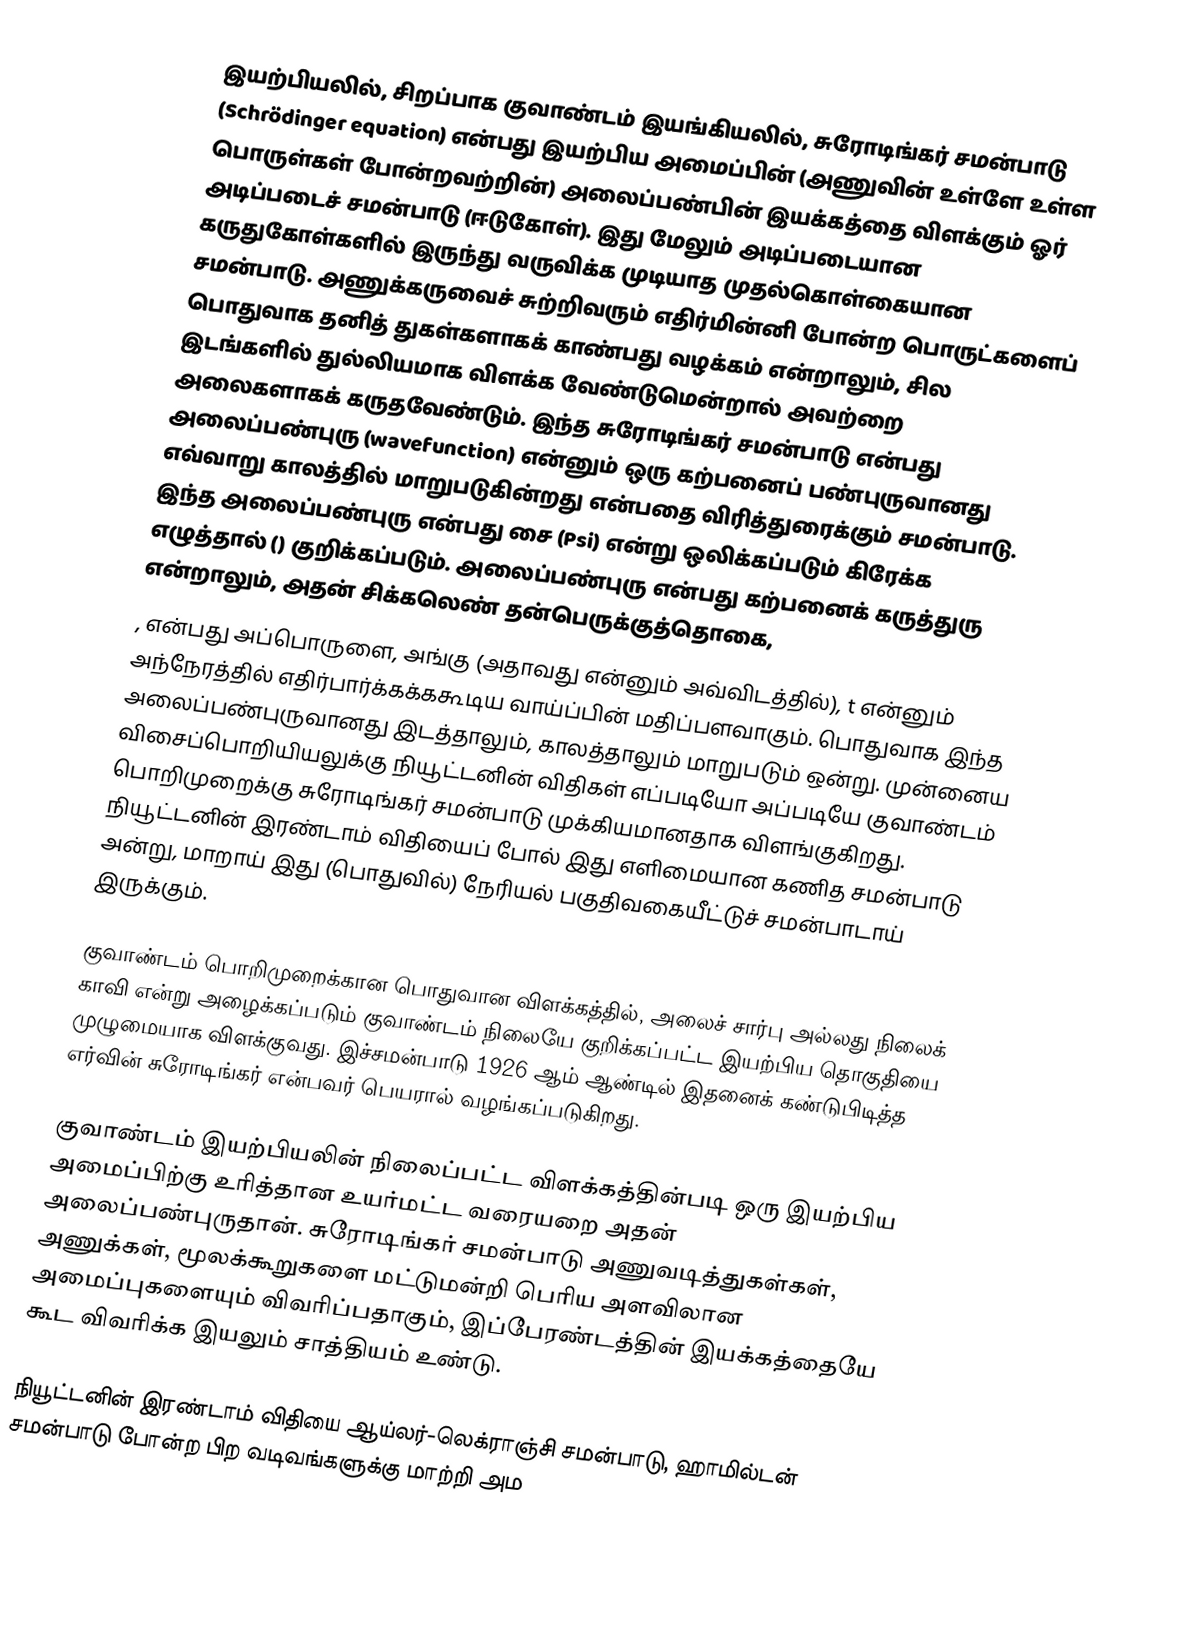
இயற்பியலில், சிறப்பாக குவாண்டம் இயங்கியலில், சுரோடிங்கர் சமன்பாடு (Schrödinger equation) என்பது இயற்பிய அமைப்பின் (அணுவின் உள்ளே உள்ள பொருள்கள் போன்றவற்றின்) அலைப்பண்பின் இயக்கத்தை விளக்கும் ஓர் அடிப்படைச் சமன்பாடு (ஈடுகோள்). இது மேலும் அடிப்படையான கருதுகோள்களில் இருந்து வருவிக்க முடியாத முதல்கொள்கையான சமன்பாடு. அணுக்கருவைச் சுற்றிவரும் எதிர்மின்னி போன்ற பொருட்களைப் பொதுவாக தனித் துகள்களாகக் காண்பது வழக்கம் என்றாலும், சில இடங்களில் துல்லியமாக விளக்க வேண்டுமென்றால் அவற்றை அலைகளாகக் கருதவேண்டும். இந்த சுரோடிங்கர் சமன்பாடு என்பது அலைப்பண்புரு (wavefunction) என்னும் ஒரு கற்பனைப் பண்புருவானது எவ்வாறு காலத்தில் மாறுபடுகின்றது என்பதை விரித்துரைக்கும் சமன்பாடு. இந்த அலைப்பண்புரு என்பது சை (Psi) என்று ஒலிக்கப்படும் கிரேக்க எழுத்தால் () குறிக்கப்படும். அலைப்பண்புரு என்பது கற்பனைக் கருத்துரு என்றாலும், அதன் சிக்கலெண் தன்பெருக்குத்தொகை,
 , என்பது அப்பொருளை, அங்கு (அதாவது  என்னும் அவ்விடத்தில்), t என்னும் அந்நேரத்தில் எதிர்பார்க்கக்ககூடிய வாய்ப்பின் மதிப்பளவாகும். பொதுவாக இந்த அலைப்பண்புருவானது இடத்தாலும், காலத்தாலும் மாறுபடும் ஒன்று. முன்னைய விசைப்பொறியியலுக்கு நியூட்டனின் விதிகள் எப்படியோ அப்படியே குவாண்டம் பொறிமுறைக்கு சுரோடிங்கர் சமன்பாடு முக்கியமானதாக விளங்குகிறது. நியூட்டனின் இரண்டாம் விதியைப் போல் இது எளிமையான கணித சமன்பாடு அன்று, மாறாய் இது (பொதுவில்) நேரியல் பகுதிவகையீட்டுச் சமன்பாடாய் இருக்கும்.

குவாண்டம் பொறிமுறைக்கான பொதுவான விளக்கத்தில், அலைச் சார்பு அல்லது நிலைக் காவி என்று அழைக்கப்படும் குவாண்டம் நிலையே குறிக்கப்பட்ட இயற்பிய தொகுதியை முழுமையாக விளக்குவது. இச்சமன்பாடு 1926 ஆம் ஆண்டில் இதனைக் கண்டுபிடித்த எர்வின் சுரோடிங்கர் என்பவர் பெயரால் வழங்கப்படுகிறது.

குவாண்டம் இயற்பியலின் நிலைப்பட்ட விளக்கத்தின்படி ஒரு இயற்பிய அமைப்பிற்கு உரித்தான உயர்மட்ட வரையறை அதன் அலைப்பண்புருதான். சுரோடிங்கர் சமன்பாடு அணுவடித்துகள்கள், அணுக்கள், மூலக்கூறுகளை மட்டுமன்றி பெரிய அளவிலான அமைப்புகளையும் விவரிப்பதாகும், இப்பேரண்டத்தின் இயக்கத்தையே கூட விவரிக்க இயலும் சாத்தியம் உண்டு.

நியூட்டனின் இரண்டாம் விதியை ஆய்லர்-லெக்ராஞ்சி சமன்பாடு, ஹாமில்டன் சமன்பாடு போன்ற பிற வடிவங்களுக்கு மாற்றி அம